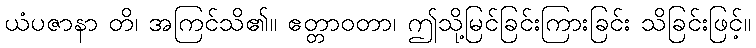
ယံပဇာနာ တိ၊ အကြင်သိ၏။ ဧတ္တာဝတာ၊ ဤသို့မြင်ခြင်းကြားခြင်း သိခြင်းဖြင့်။